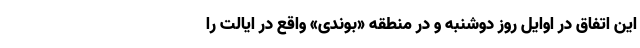
این اتفاق در اوایل روز دوشنبه و در منطقه «بوندی» واقع در ایالت را